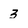
Character: 3